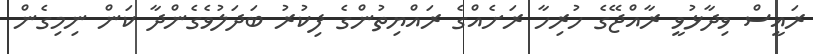
ރައީސް ވިދާޅުވީ ރާއްޖޭގެ ހުރިހާ ރަށެއްގެ ރައްޔިތުންގެ ފިކުރު ބަދަލުވެގެންދާ ކަން ނިމިގެން